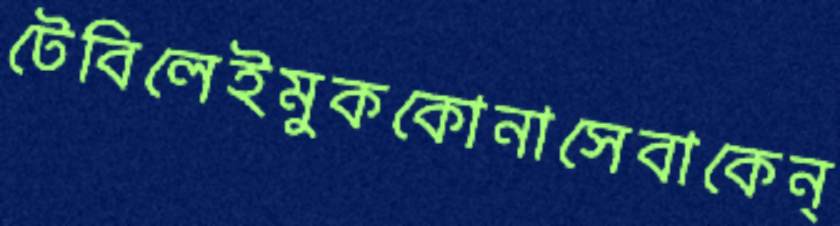
টেবিলেইমুককোনাসেবাকেন্